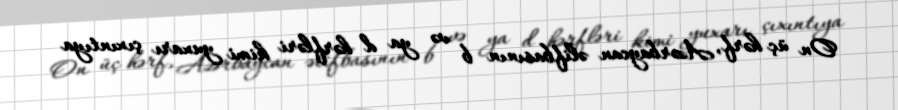
On üç hərf, Azərbaycan əlifbasının b və ya d hərfləri kimi yuxarı çıxıntıya